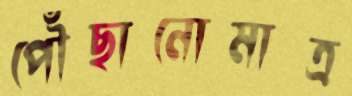
পৌঁছানোমাত্র